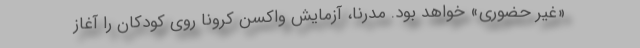
«غیر حضوری» خواهد بود. مُدرنا، آزمایش واکسن کرونا روی کودکان را آغاز